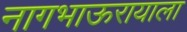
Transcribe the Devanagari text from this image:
नागभाऊरायाला